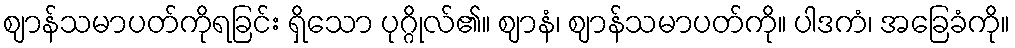
ဈာန်သမာပတ်ကိုရခြင်း ရှိသော ပုဂ္ဂိုလ်၏။ ဈာနံ၊ ဈာန်သမာပတ်ကို။ ပါဒကံ၊ အခြေခံကို။